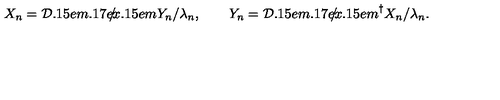
X _ { n } = { { \cal D } \kern - 0 . 1 5 e m \raise 0 . 1 7 e x \llap { / } \kern 0 . 1 5 e m \relax } Y _ { n } / \lambda _ { n } , \qquad Y _ { n } = { { \cal D } \kern - 0 . 1 5 e m \raise 0 . 1 7 e x \llap { / } \kern 0 . 1 5 e m \relax } ^ { \dagger } { X _ { n } } / \lambda _ { n } .